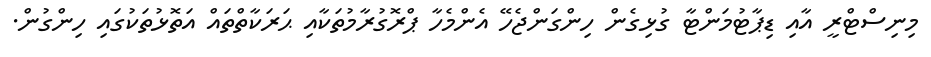
މިނިސްޓްރީ އާއި ޑިޕާޓުމަންޓާ ގުޅިގެން ހިންގަންޖެހޭ އެންމެހާ ޕްރޮގުރާމުތަކާއި ޙަރަކާތްތައް އަތޮޅުތަކުގައި ހިންގުން.